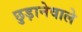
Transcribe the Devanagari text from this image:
छुड़ानेवाले